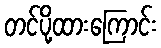
တင်ပို့ထားကြောင်း